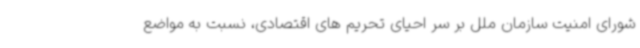
شورای امنیت سازمان ملل بر سر احیای تحریم های اقتصادی، نسبت به مواضع